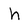
Character: h